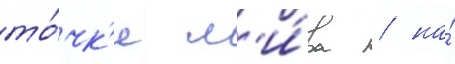
то́чк'е м'и́ра / на́